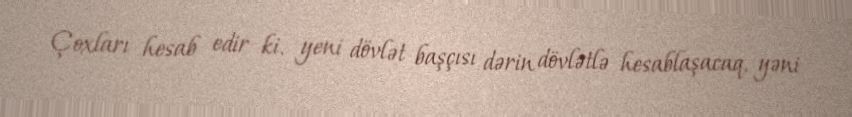
Çoxları hesab edir ki, yeni dövlət başçısı dərin dövlətlə hesablaşacaq, yəni